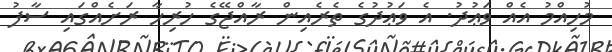
މުހިއްމު އެއް ވަޢުދު. އެ ވަޢުދުގެ ތެރެއިން ރާއްޖޭގެ ހުރިހާ ރަށެއްގައި ސާފު